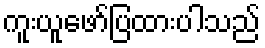
ကူးယူဖော်ပြထားပါသည်